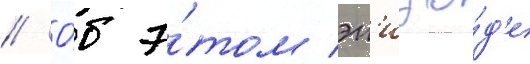
// О́б э́том эп'изо́д'е